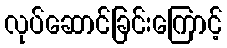
လုပ်ဆောင်ခြင်းကြောင့်